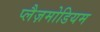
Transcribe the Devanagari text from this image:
प्लैज़मोडियम